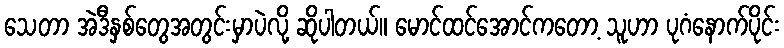
သေတာ အဲဒီနှစ်တွေအတွင်းမှာပဲလို့ ဆိုပါတယ်။ မောင်ထင်အောင်ကတော့ သူဟာ ပုဂံနောက်ပိုင်း